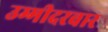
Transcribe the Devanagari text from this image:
उम्मीदरवार